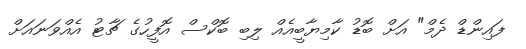
ފައިންޑް ދެމް" އަށް ބޮޑު ކާމިޔާބީއެއް ލިބި ބޮކްސް އޮފީހުގެ ޗާޓު އެއްވަނައަށް